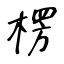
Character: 楞